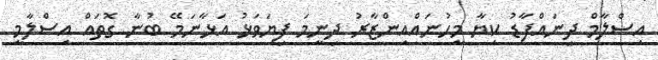
އިސްލާމް ދީނައްފާޑު ކިޔާ މީހުނައްއިންޒާރު ދިނީމަ ފިޔަވަޅު އަޅާނަމޭ ބުނާ ގޮތައް އިސްލާމީ